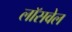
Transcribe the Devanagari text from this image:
लॉसवेल